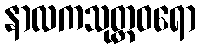
နာလကသုတ္တဝရော